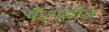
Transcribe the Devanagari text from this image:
फैंटासीज